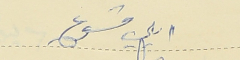
ايلي قشوع